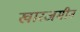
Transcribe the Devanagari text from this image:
खारजमीन